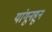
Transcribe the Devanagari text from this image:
यांगूनहून